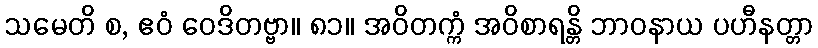
သမေတိ စ, ဧဝံ ဝေဒိတဗ္ဗာ။ ၈၁။ အဝိတက္ကံ အဝိစာရန္တိ ဘာဝနာယ ပဟီနတ္တာ